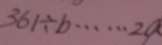
3 6 1 \div b \cdots 2 a